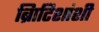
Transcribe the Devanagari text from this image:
ब्रिाटिशांशी